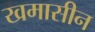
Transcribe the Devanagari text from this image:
खमासीन